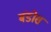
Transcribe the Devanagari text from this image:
बंडोस